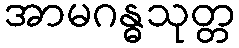
အာမဂန္ဓသုတ္တ